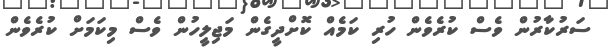
ސަރުކާރުން ވެސް ކުރެވެން ހުރި ކަމެއް ކޮށްދީގެން މަޖިލީހުން ވެސް މިކަމަށް ކުރެވެން